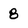
Character: 8